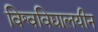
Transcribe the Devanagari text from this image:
विश्वविद्यालयीन